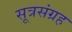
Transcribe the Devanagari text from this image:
सूत्रसंग्रह